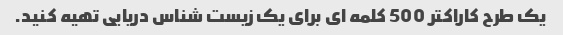
یک طرح کاراکتر 500 کلمه ای برای یک زیست شناس دریایی تهیه کنید.